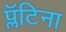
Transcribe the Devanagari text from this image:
प्लॅटिना